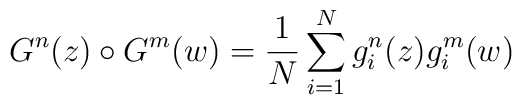
G^{n}(z) \circ G^{m}(w) =  {1\over{N}}\sum_{i=1}^{N}g_{i}^{n}(z)g_{i}^{m}(w)